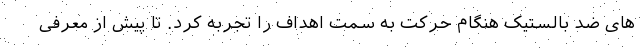
های ضد بالستیک هنگام حرکت به سمت اهداف را تجربه کرد. تا پیش از معرفی